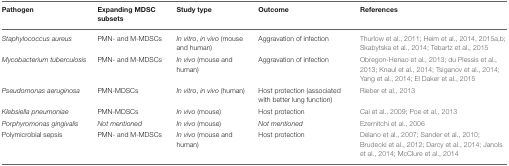
| Pathogen | Expanding MDSC subsets | Study type | Outcome | References |
 | --- | --- | --- | --- | --- |
 | Staphylococcus aureus | PMN- and M-MDSCs | In vitro, in vivo (mouse and human) | Aggravation of infection | Thurlow et al., 2011; Heim et al., 2014, 2015a,b; Skabytska et al., 2014; Tebartz et al., 2015 |
 | Mycobacterium tuberculosis | PMN- and M-MDSCs | In vivo (mouse and human) | Aggravation of infection | Obregon-Henao et al., 2013; du Plessis et al., 2013; Knaul et al., 2014; Tsiganov et al., 2014; Yang et al., 2014; El Daker et al., 2015 |
 | Pseudomonas aeruginosa | PMN-MDSCs | In vitro, in vivo (human) | Host protection (associated with better lung function) | Rieber et al., 2013 |
 | Klebsiella pneumoniae | PMN-MDSCs | In vivo (mouse) | Host protection | Cai et al., 2009; Poe et al., 2013 |
 | Porphyromonas gingivalis | Not mentioned | In vivo (mouse) | Not mentioned | Ezernitchi et al., 2006 |
 | Polymicrobial sepsis | PMN- and M-MDSCs | In vivo (mouse and human) | Host protection | Delano et al., 2007; Sander et al., 2010; Brudecki et al., 2012; Darcy et al., 2014; Janols et al., 2014; McClure et al., 2014 |